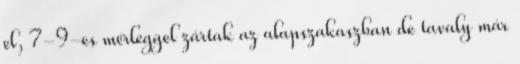
el, 7-9-es mérleggel zártak az alapszakaszban de tavaly már